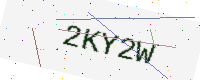
Text: 2KY2W